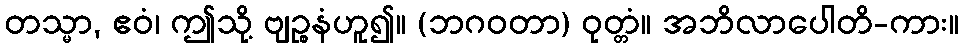
တသ္မာ, ဧဝံ၊ ဤသို့ ဗျဉ္စနံဟူ၍။ (ဘဂဝတာ) ဝုတ္တံ။ အဘိလာပေါတိ-ကား။